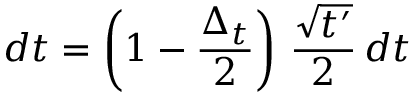
d t = \left( 1 - \frac { \Delta _ { t } } { 2 } \right) \, \frac { \sqrt { t ^ { \prime } } } { 2 } \, d t